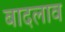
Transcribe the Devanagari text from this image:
बादलाव